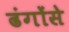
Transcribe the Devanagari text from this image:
ढंगोंसे